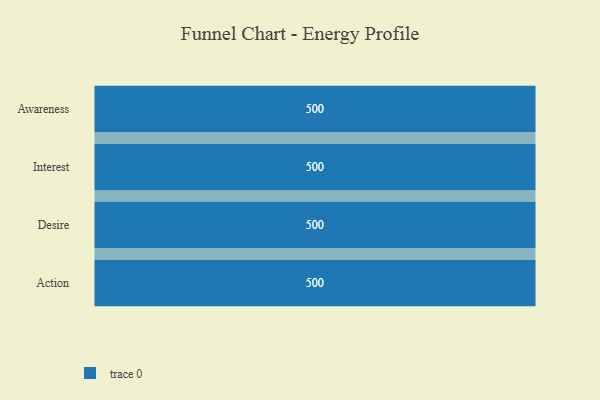
{"axis": {"x": "Stage", "y": "Value"}, "legend": [""], "data": [{"x": "Awareness", "y": 500, "type": ""}, {"x": "Interest", "y": 500, "type": ""}, {"x": "Desire", "y": 500, "type": ""}, {"x": "Action", "y": 500, "type": ""}]}